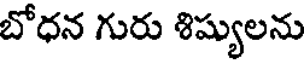
బోధన గురు శిష్యులను